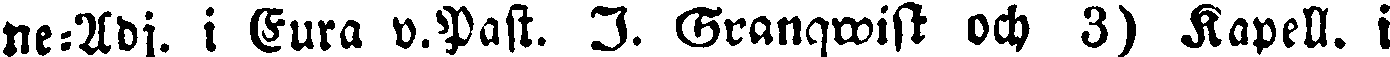
ne-Adj. i Eura v.Past. I- Granqwist och 3) Kapell. i